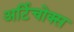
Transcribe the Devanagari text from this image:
अर्टिचोक्स